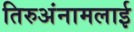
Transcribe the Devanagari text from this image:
तिरुअंनामलाई